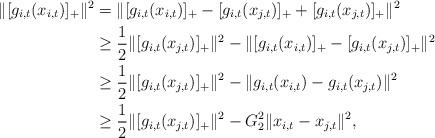
LaTeX: \begin{align*}\|[g_{i,t}(x_{i,t})]_+\|^2&=\|[g_{i,t}(x_{i,t})]_+-[g_{i,t}(x_{j,t})]_++[g_{i,t}(x_{j,t})]_+\|^2\\&\ge\frac{1}{2}\|[g_{i,t}(x_{j,t})]_+\|^2-\|[g_{i,t}(x_{i,t})]_+-[g_{i,t}(x_{j,t})]_+\|^2\\&\ge\frac{1}{2}\|[g_{i,t}(x_{j,t})]_+\|^2-\|g_{i,t}(x_{i,t})-g_{i,t}(x_{j,t})\|^2\\&\ge\frac{1}{2}\|[g_{i,t}(x_{j,t})]_+\|^2-G_2^2\|x_{i,t}-x_{j,t}\|^2,\end{align*}